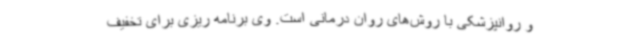
و روانپزشکی با روش‌های روان درمانی است. وی برنامه ریزی برای تخفیف